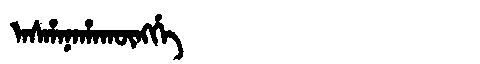
Manchu: ᠠᠰᡥᠠᠨᠠᡥᠠᡴᡡᠩᡤᡝ
Romanization: ASHANAHAKŪNGGE